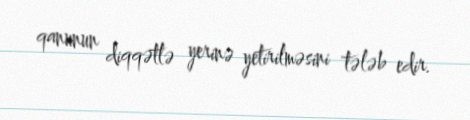
qanunun diqqətlə yerinə yetirilməsini tələb edir.